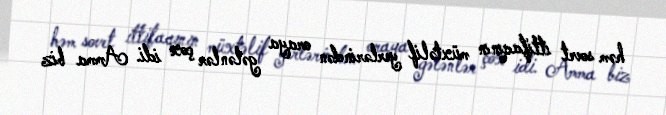
həm sovet ittifaqının müxtəlif yerlərindən oraya gələnlər çox idi. Amma biz